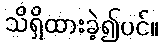
သိရှိထားခဲ့၍ပင်။